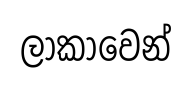
ලාකාවෙන්